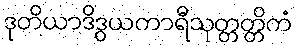
ဒုတိယာဒိဒွယကာရီသုတ္တတ္တိကံ